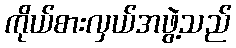
ကိုယ်စားလှယ်အဖွဲ့သည်